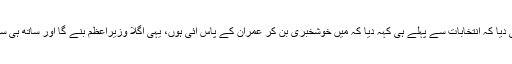
بشریٰ بی بی نے روحانیت کی سچائی کا ثبوت یوں بھی دیا کہ انتخابات سے پہلے ہی کہہ دیا کہ میں خوشخبری بن کر عمران کے پاس آئی ہوں، یہی اگلا وزیراعظم بنے گا اور ساتھ ہی ساتھ بتا دیا کہ پی ٹی آئی 116 نشستیں حاصل کرے گی۔